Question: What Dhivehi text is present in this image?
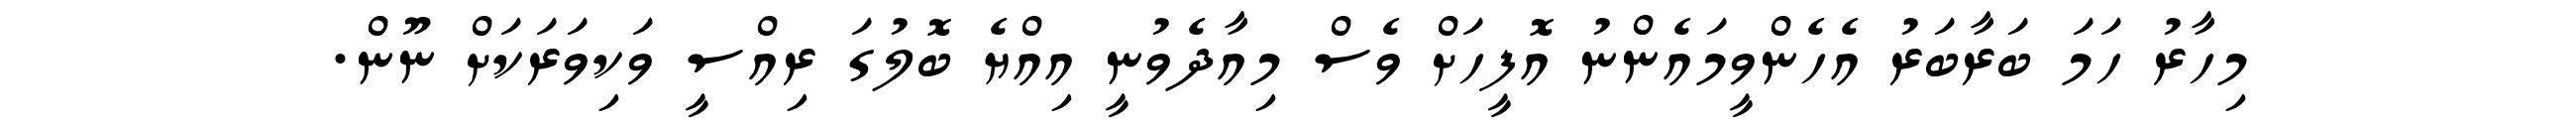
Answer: މިހާރު ހަމަ ބަރާބަރު އެހެންވީމައެންނު އޮފީހަށް ވެސް މިއާދެވުނީ އިއްޔެ ބޮލުގަ ރިއްސީ ވަކިވަރަކަށް ނޫން.